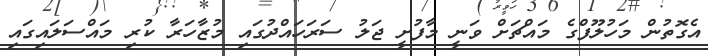
އެގޮތުން މަހުލޫފްގެ މައްޗަށް ވަނީ މާފުށީ ޖަލު ސަރަހައްދުގައި މުޒާހަރާ ކުރި މައްސަލައިގައި